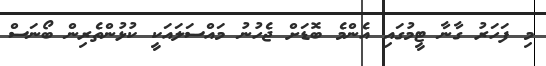
މި ފަހަރު ގާނާ ޓީމުގައި އެންމެ ބޮޑަށް ޖެހުނު މައްސަލައަކީ ކުޅުންތެރިން ބޯނަސް